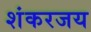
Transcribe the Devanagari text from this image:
शंकरजय